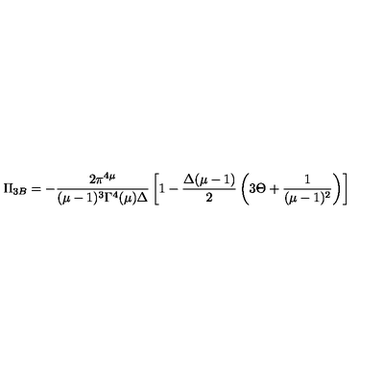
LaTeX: \Pi _ { 3 B } = - \frac { 2 \pi ^ { 4 \mu } } { ( \mu - 1 ) ^ { 3 } \Gamma ^ { 4 } ( \mu ) \Delta } \left[ 1 - \frac { \Delta ( \mu - 1 ) } { 2 } \left( 3 \Theta + \frac { 1 } { ( \mu - 1 ) ^ { 2 } } \right) \right]